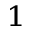
^ 1